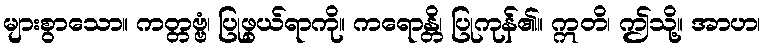
များစွာသော။ ကတ္တဗ္ဗံ၊ ပြုဖွယ်ရာကို။ ကရောန္တိ၊ ပြုကုန်၏။ ဣတိ၊ ဤသို့။ အာဟ၊